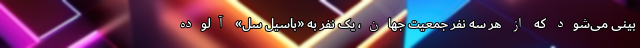
بینی می‌شود که از هر سه نفر جمعیت جهان، یک نفر به «باسیل سل» آلوده